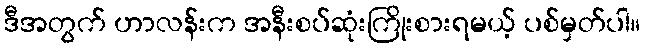
ဒီအတွက် ဟာလန်းက အနီးစပ်ဆုံးကြိုးစားရမယ့် ပစ်မှတ်ပါ။